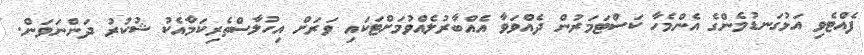
ފެއްޓެވި އަޅުގަނޑުމެންގެ އެންމެހާ ކަސްޓަމަރުން ދެއްވަވާ އެއްބާރުލެއްވުމަށްޓަކައި ވަރަށް އިހުލާސްތެރިކަމާއެކު ޝުކުރު ދަންނަވަން.